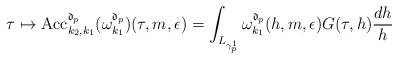
\begin{align*}\tau \mapsto \mathrm{Acc}_{k_{2},k_{1}}^{\mathfrak{d}_{p}}(\omega_{k_1}^{\mathfrak{d}_{p}})(\tau,m,\epsilon) =\int_{L_{\gamma_{p}^{1}}} \omega_{k_1}^{\mathfrak{d}_{p}}(h,m,\epsilon) G(\tau,h) \frac{dh}{h}\end{align*}